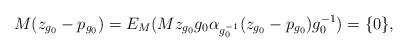
LaTeX: \begin{align*}M(z_{g_0}-p_{g_0})=E_M(Mz_{g_0}g_0\alpha_{g_0^{-1}}(z_{g_0}-p_{g_0})g_0^{-1})=\{0\},\end{align*}